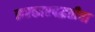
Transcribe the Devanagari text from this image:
सरकारपद्धतीचा